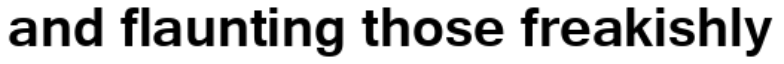
and flaunting those freakishly